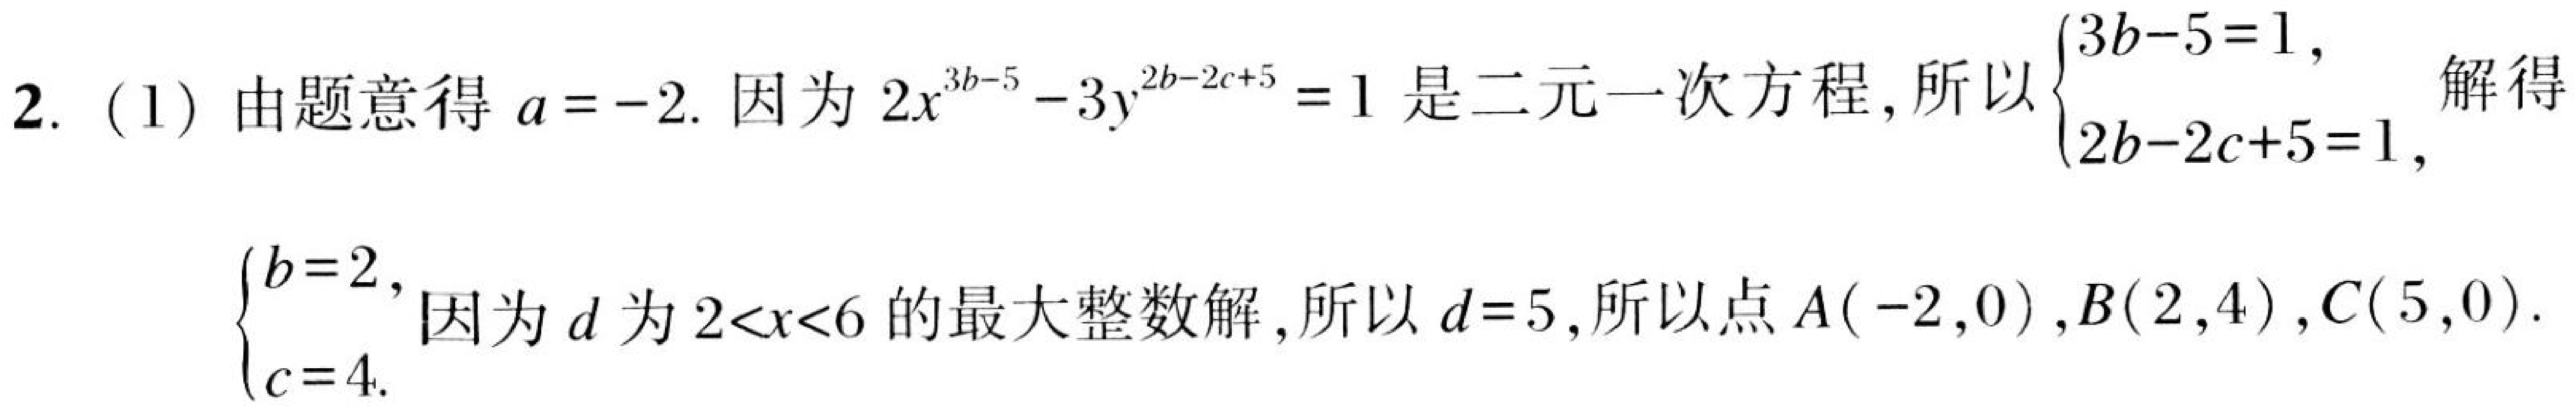
2. (1) 由题意得 \(a = - 2\). 因为 \(2x^{3b - 5}-3y^{2b - 2c + 5}=1\) 是二元一次方程，所以 \(\begin{cases}3b - 5 = 1,\\2b - 2c + 5 = 1,\end{cases}\) 解得 \(\begin{cases}b = 2,\\c = 4.\end{cases}\) 因为 \(d\) 为 \(2<x<6\) 的最大整数解，所以 \(d = 5\)，所以点 \(A(-2,0)\)，\(B(2,4)\)，\(C(5,0)\).